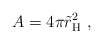
\begin{align*}A = 4 \pi \tilde r_{\rm H}^2 \ , \end{align*}